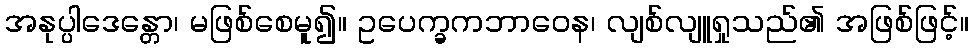
အနုပ္ပါဒေန္တော၊ မဖြစ်စေမူ၍။ ဥပေက္ခကဘာဝေန၊ လျစ်လျူရှုသည်၏ အဖြစ်ဖြင့်။